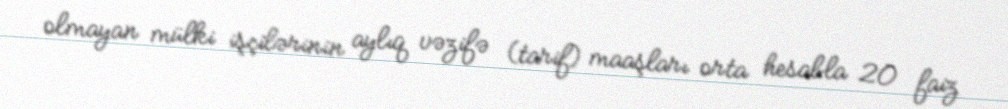
olmayan mülki işçilərinin aylıq vəzifə (tarif) maaşları orta hesabla 20 faiz